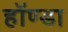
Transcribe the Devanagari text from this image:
हॉण्डा